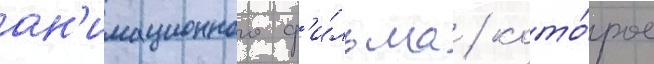
ан'имационного ф'и́льма / кото́рое